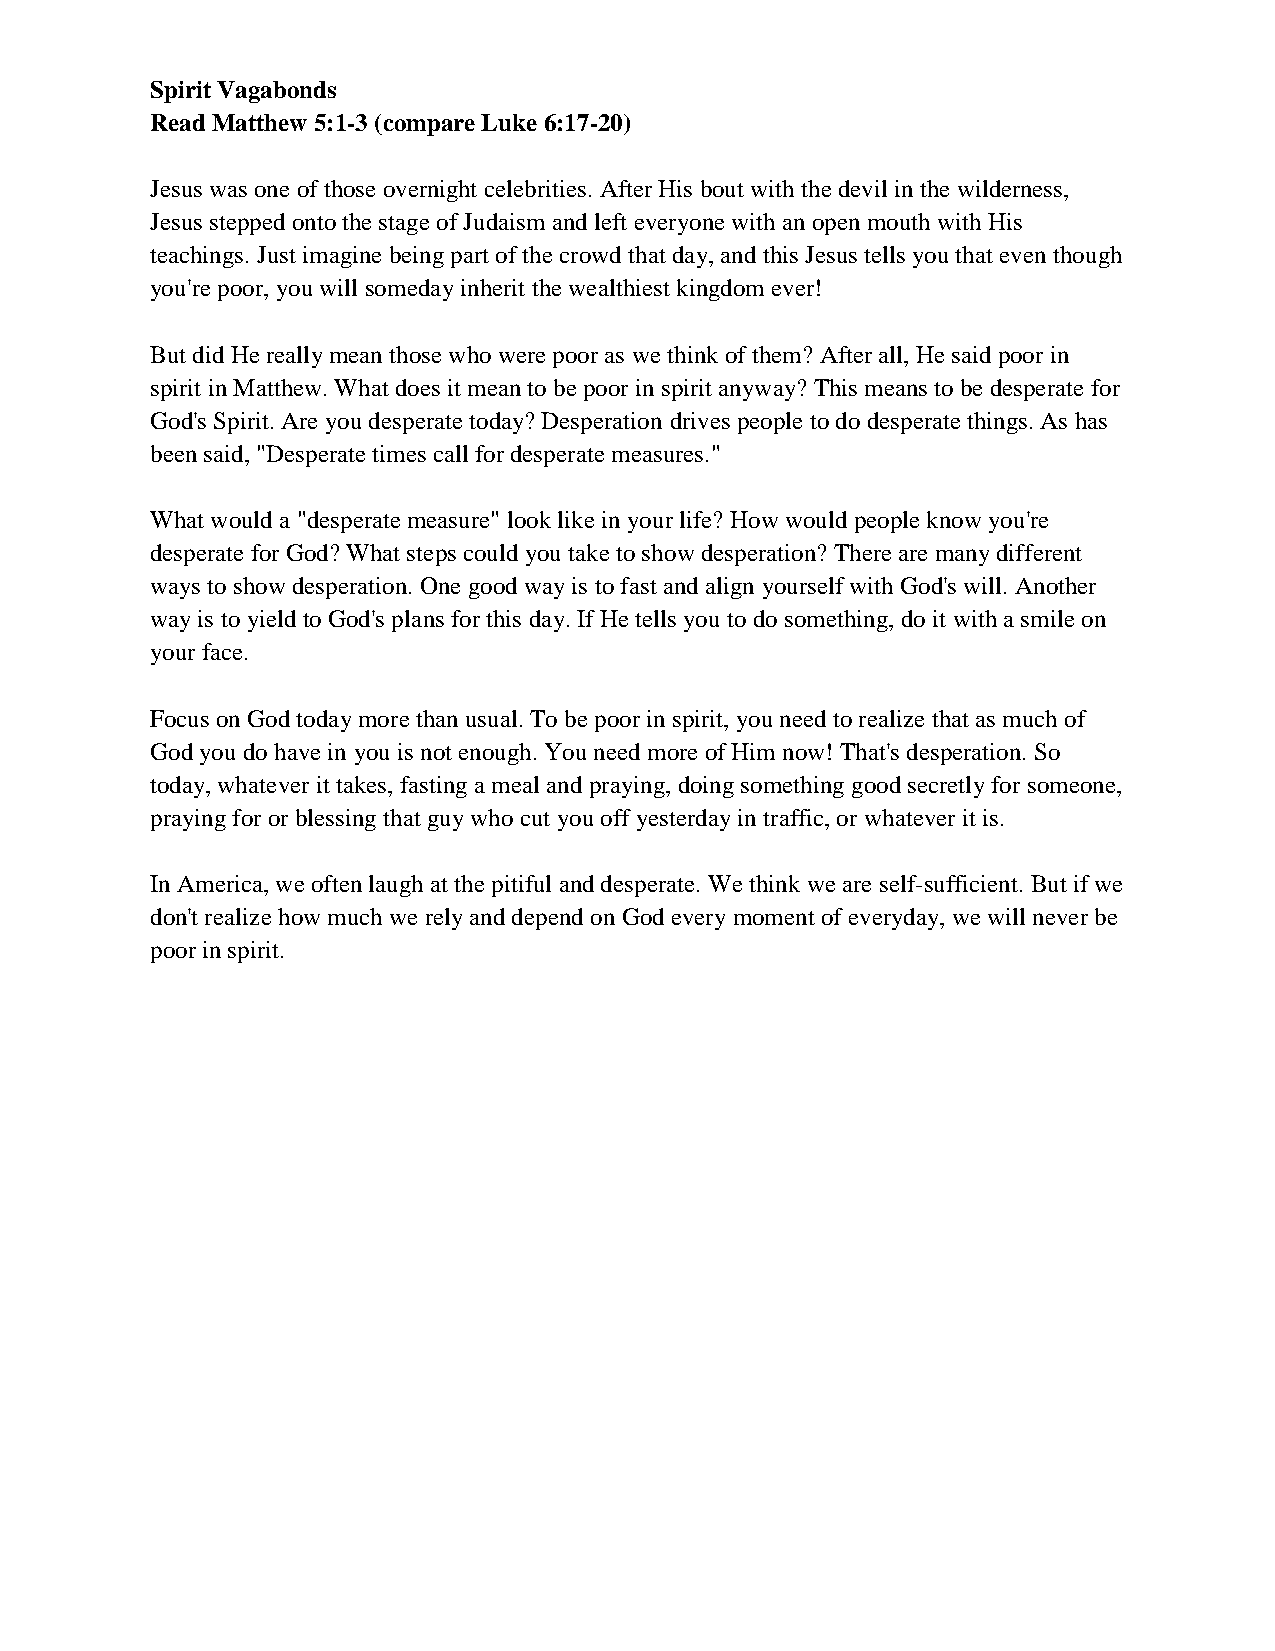
Spirit Vagabonds
 Read Matthew 5:1-3 (compare Luke 6:17-20)
 Jesus was one of those overnight celebrities. After His bout with the devil in the wilderness,
 Jesus stepped onto the stage of Judaism and left everyone with an open mouth with His
 teachings. Just imagine being part of the crowd that day, and this Jesus tells you that even though
 you're poor, you will someday inherit the wealthiest kingdom ever!
 But did He really mean those who were poor as we think of them? After all, He said poor in
 spirit in Matthew. What does it mean to be poor in spirit anyway? This means to be desperate for
 God's Spirit. Are you desperate today? Desperation drives people to do desperate things. As has
 been said, "Desperate times call for desperate measures."
 What would a "desperate measure" look like in your life? How would people know you're
 desperate for God? What steps could you take to show desperation? There are many different
 ways to show desperation. One good way is to fast and align yourself with God's will. Another
 way is to yield to God's plans for this day. If He tells you to do something, do it with a smile on
 your face.
 Focus on God today more than usual. To be poor in spirit, you need to realize that as much of
 God you do have in you is not enough. You need more of Him now! That's desperation. So
 today, whatever it takes, fasting a meal and praying, doing something good secretly for someone,
 praying for or blessing that guy who cut you off yesterday in traffic, or whatever it is.
 In America, we often laugh at the pitiful and desperate. We think we are self-sufficient. But if we
 don't realize how much we rely and depend on God every moment of everyday, we will never be
 poor in spirit.